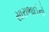
સારાભાઈનો